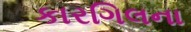
કારગિલના